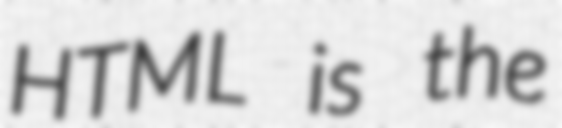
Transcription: HTML is the